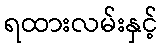
ရထားလမ်းနှင့်